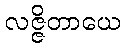
လဇ္ဇိတာယေ